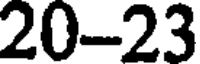
20-23